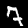
Label: 7